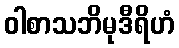
ဝါစာသဘိမုဒီရိဟံ